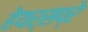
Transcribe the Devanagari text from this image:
हेयर्सप्रे